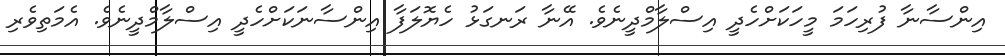
އިންސާނާ ފުރިހަމަ މީހަކަށްހެދީ އިސްލާމްދީނެވެ. އޭނާ ރަނގަޅު ހެޔޮލަފާ އިންސާނަކަށްހެދީ އިސްލާމްދީނެވެ. އެމަތިވެރި